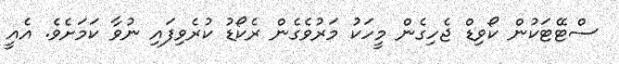
ސްޓޭޓަކުން ކޯވިޑް ޖެހިގެން މީހަކު މަރުވެގެން ރެކޯޑު ކުރެވިފައި ނުވާ ކަމަށެވެ. އެއީ